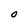
Character: O